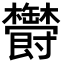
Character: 𣡡